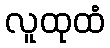
လူထုထံ